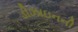
ડીઝાઇનની